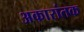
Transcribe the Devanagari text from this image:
अकारांतक